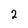
Character: 2